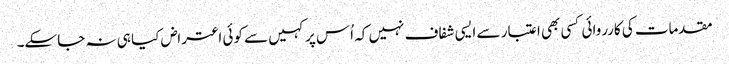
مقدمات کی کارروائی کسی بھی اعتبار سے ایسی شفاف نہیں کہ اُس پر کہیں سے کوئی اعتراض کیا ہی نہ جاسکے۔